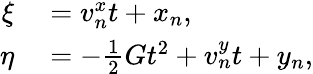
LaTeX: \begin{array}{rl}{\xi}&{{}=v_{n}^{x}t+x_{n},}\\ {\eta}&{{}=-\frac{1}{2}Gt^{2}+v_{n}^{y}t+y_{n},}\end{array}